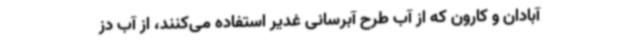
آبادان و کارون که از آب طرح آبرسانی غدیر استفاده می‌کنند، از آب دز